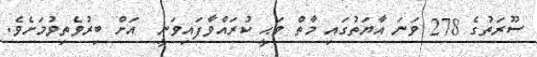
ސޫރަތުގެ 278 ވަނަ އާޔަތުގައި މާތް ވަޙީ ކުރައްވާފައިވަނީ  އަށް ބިރުވެތިވުމަށެވެ.